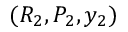
( R _ { 2 } , P _ { 2 } , y _ { 2 } )